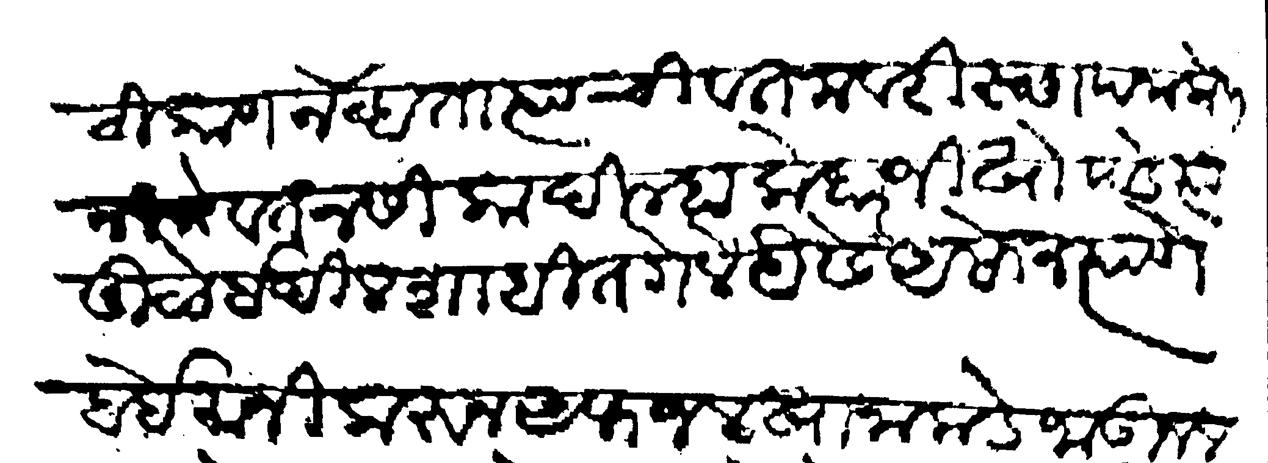
Transliteration (Devanagari): ठिकाण नव्हता त्याची वतनावरी स्छापना केली नीमे वतन सीका दील्हा केदारजी खोपडे त्यांमुळे ईदीलशाहीत गेले यैसे असोन त्याणे बेईमानी करून अफजलखानाकडे जाऊन